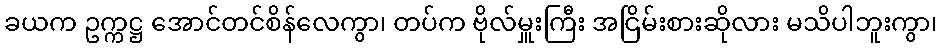
ခယက ဥက္ကဋ္ဌ အောင်တင်စိန်လေကွာ၊ တပ်က ဗိုလ်မှူးကြီး အငြိမ်းစားဆိုလား မသိပါဘူးကွာ၊